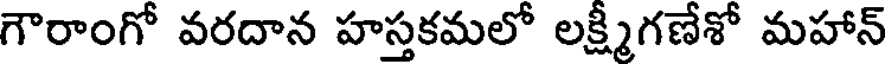
గౌరాంగో వరదాన హస్తకమలో లక్ష్మీగణేశో మహాన్